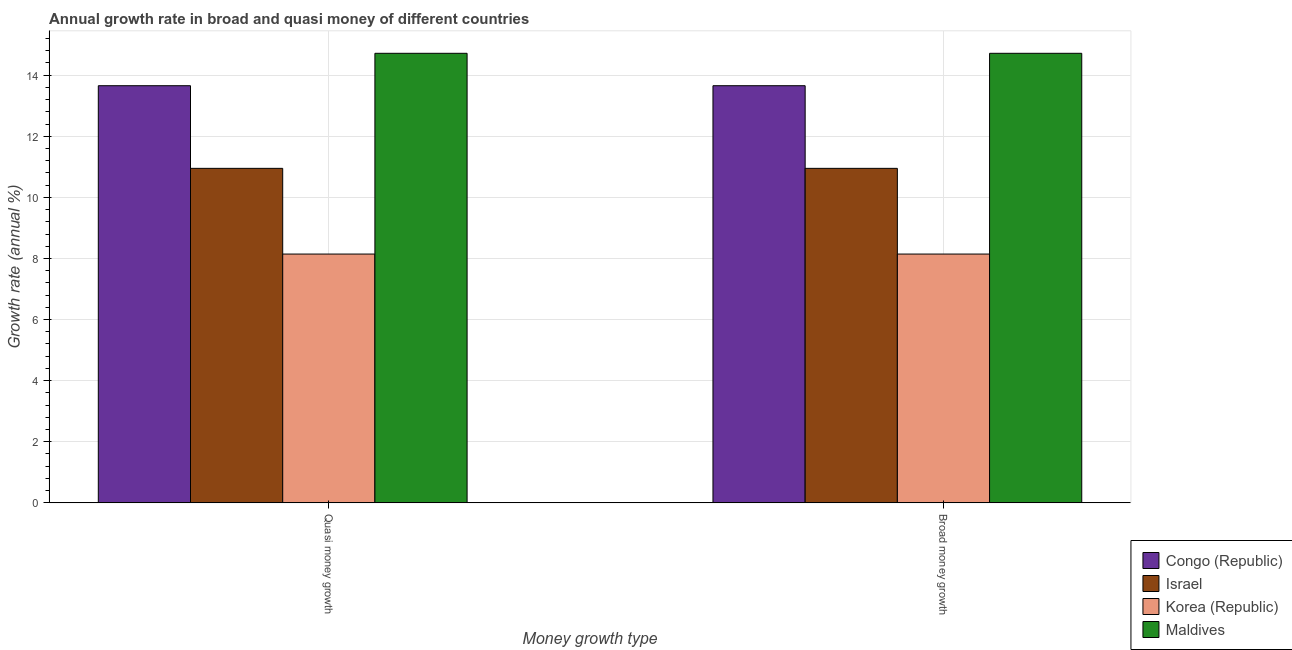
| Money growth type | Congo (Republic) | Israel | Korea (Republic) | Maldives |
 | --- | --- | --- | --- | --- |
 | Quasi money growth | 13.7 | 11 | 8.14 | 14.7 |
 | Broad money growth | 13.7 | 11 | 8.14 | 14.7 |